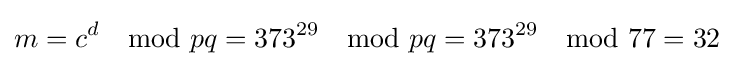
m=c^{d}\mod pq=373^{29}\mod pq=373^{29}\mod 77=32